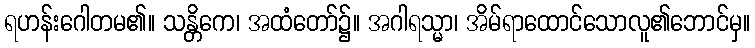
ရဟန်းဂေါတမ၏။ သန္တိကေ၊ အထံတော်၌။ အဂါရသ္မာ၊ အိမ်ရာထောင်သောလူ၏ဘောင်မှ။